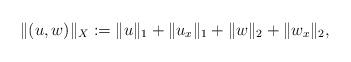
LaTeX: \begin{align*}\|(u,w)\|_X:=\|u\|_1+\|u_x\|_1+\|w\|_2+\|w_x\|_2,\end{align*}